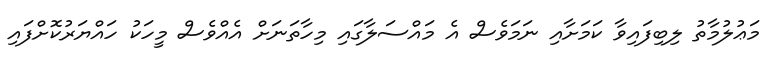
މަޢުލުމާތު ލިބިފައިވާ ކަމަށާއި ނަމަވެސް އެ މައްސަލާގައި މިހާތަނަށް އެއްވެސް މީހަކު ހައްޔަރުކޮށްފައި